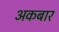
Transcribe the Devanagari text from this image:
अकबार